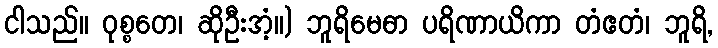
ငါသည်။ ဝုစ္စတေ၊ ဆိုဦးအံ့။) ဘူရိမေဓာ ပရိဏာယိကာ တံဧတံ၊ ဘူရိ,